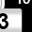
Digit: 3